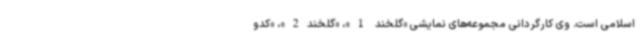
اسلامی است. وی کارگردانی مجموعه‌های نمایشی «گلخند 1»، «گلخند2»، «کدو